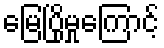
မြေပြိုမှုကြောင့်